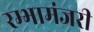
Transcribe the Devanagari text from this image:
रम्भामंजरी